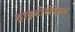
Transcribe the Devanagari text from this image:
ट्राइटोसेरेब्रम